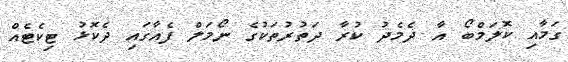
ގަމާއި ކޮލަމްބޯ އާ ދެމެދު ކުރާ ދަތުރުތަކުގެ ނޯމަލް ފެއާގައި ދެކޮޅު ޓިކެޓެއް